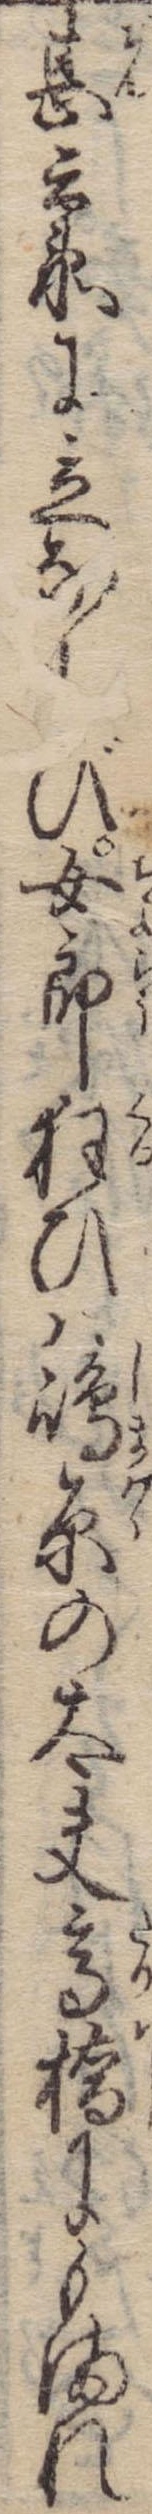
甚兵衛に立ならび女郎狂ひは島原の太夫高橋にもまれ